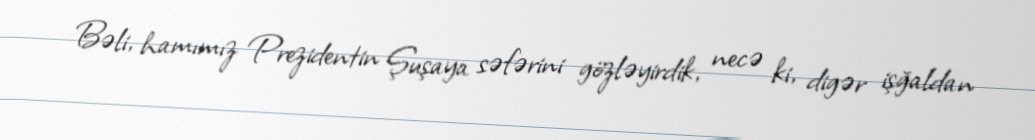
Bəli, hamımız Prezidentin Şuşaya səfərini gözləyirdik, necə ki, digər işğaldan